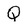
Character: Q